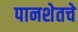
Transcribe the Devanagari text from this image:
पानशेतचे